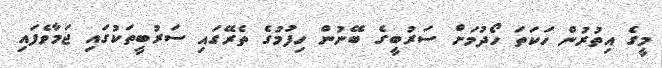
މީގެ އިތުރުން ހަކަތަ ހޯދުމަށް ސަރުބީގެ ބޭނުން ހިފުމުގެ ތެރޭގައި ސަރުބީތަކުގައި ޖަމާވެފައި